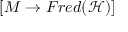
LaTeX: [ M \rightarrow F r e d ( { \mathcal { H } } ) ]